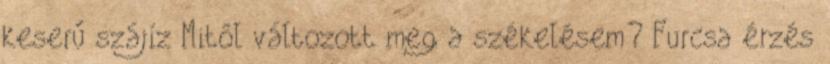
keserű szájíz Mitől változott meg a székelésem? Furcsa érzés